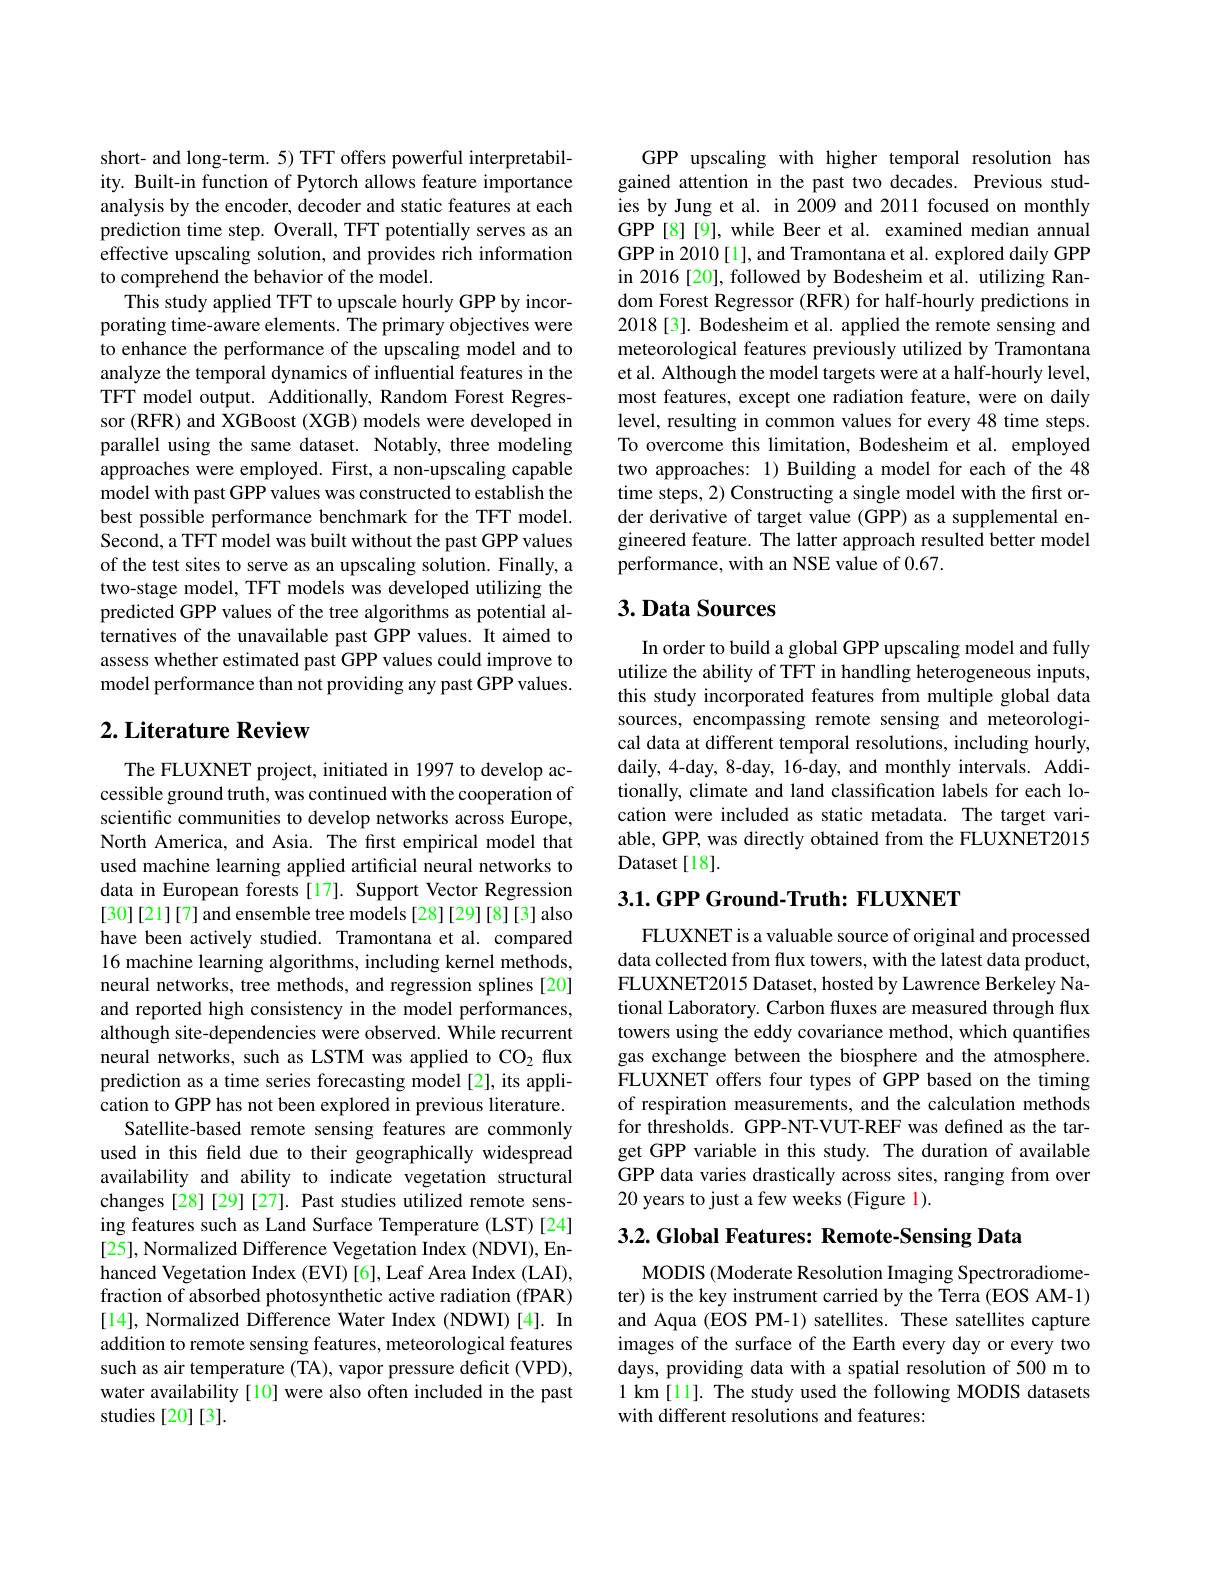
short- and long-term. 5) TFT offers powerful interpretability. Built-in function of Pytorch allows feature importance analysis by the encoder, decoder and static features at each prediction time step. Overall, TFT potentially serves as an effective upscaling solution, and provides rich information to comprehend the behavior of the model.
This study applied TFT to upscale hourly GPP by incorporating time-aware elements. The primary objectives were to enhance the performance of the upscaling model and to analyze the temporal dynamics of influential features in the TFT model output. Additionally, Random Forest Regressor (RFR) and XGBoost (XGB) models were developed in parallel using the same dataset. Notably, three modeling approaches were employed. First, a non-upscaling capable model with past GPP values was constructed to establish the best possible performance benchmark for the TFT model. Second, a TFT model was built without the past GPP values of the test sites to serve as an upscaling solution. Finally, a two-stage model, TFT models was developed utilizing the predicted GPP values of the tree algorithms as potential alternatives of the unavailable past GPP values. It aimed to assess whether estimated past GPP values could improve to model performance than not providing any past GPP values.

# $2. \textbf{ Literature Review}$

The FLUXNET project, initiated in 1997 to develop accessible ground truth, was continued with the cooperation of scientific communities to develop networks across Europe, North America, and Asia. The first empirical model that used machine learning applied artificial neural networks to data in European forests [17]. Support Vector Regression [30][21][7] and ensemble tree models [28][29][8][3] also have been actively studied. Tramontana et al. compared 16 machine learning algorithms, including kernel methods, neural networks, tree methods, and regression splines [20] and reported high consistency in the model performances, although site-dependencies were observed. While recurrent neural networks, such as LSTM was applied to CO2 flux prediction as a time series forecasting model [2], its application to GPP has not been explored in previous literature.
Satellite-based remote sensing features are commonly used in this feld due to their geographically widespread availability and ability to indicate vegetation structural changes [28] [29] [27]. Past studies utilized remote sensing features such as Land Surface Temperature (LST)[24] [25], Normalized Difference Vegetation Index (NDVI), Enhanced Vegetation Index (EVI) [6], Leaf Area Index (LAI), fraction of absorbed photosynthetic active radiation (fPAR) [14], Normalized Difference Water Index (NDWI)[4]. In addition to remote sensing features, meteorological features such as air temperature (TA), vapor pressure deficit (VPD), water availability [10] were also often included in the past studies [20][3].

GPP upscaling with higher temporal resolution has gained attention in the past two decades. Previous studies by Jung et al. in 2009 and 2011 focused on monthly GPP[8][9], while Beer et al. examined median annual GPP in 2010[1], and Tramontana et al. explored daily GPP in 2016[20], followed by Bodesheim et al. utilizing Random Forest Regressor (RFR) for half-hourly predictions in 2018[3]. Bodesheim et al. applied the remote sensing and meteorological features previously utilized by Tramontana et al. Although the model targets were at a half-hourly level, most features, except one radiation feature, were on daily level, resulting in common values for every 48 time steps. To overcome this limitation, Bodesheim et al. employed two approaches: 1) Building a model for each of the 48 time steps, 2) Constructing a single model with the first order derivative of target value (GPP) as a supplemental engineered feature. The latter approach resulted better model performance, with an NSE value of 0.67.

## $3. \textbf{Data Sources}$

In order to build a global GPP upscaling model and fully utilize the ability of TFT in handling heterogeneous inputs, this study incorporated features from multiple global data sources, encompassing remote sensing and meteorological data at different temporal resolutions, including hourly, daily, 4-day, 8-day, 16-day, and monthly intervals. Additionally, climate and land classification labels for each location were included as static metadata. The target variable, GPP, was directly obtained from the FLUXNET2015 Dataset[18].

## 3.1. GPP Ground-Truth: FLUXNET

FLUXNET is a valuable source of original and processed data collected from flux towers, with the latest data product, FLUXNET2015 Dataset, hosted by Lawrence Berkeley National Laboratory. Carbon fluxes are measured through flux towers using the eddy covariance method, which quantifies gas exchange between the biosphere and the atmosphere. $\bar{\text{FLUXNET offers four types of GPP based on the timing}}$ of respiration measurements, and the calculation methods for thresholds. GPP-NT-VUT-REF was defined as the target GPP variable in this study. The duration of available GPP data varies drastically across sites, ranging from over 20 years to just a few weeks (Figure 1).

$3. 2. \textbf{Global Features: Remote- Sensing Data}$

MODIS (Moderate Resolution Imaging Spectroradiometer) is the key instrument carried by the Terra (EOS AM-1) and Aqua (EOS PM-1) satellites. These satellites capture images of the surface of the Earth every day or every two days, providing data with a spatial resolution of 500 m to 1 km [11]. The study used the following MODIS datasets with different resolutions and features: